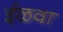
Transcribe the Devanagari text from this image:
ईळवा